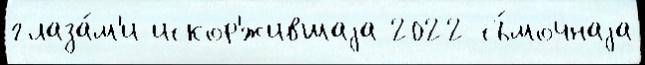
глаза́м'и искор'́жившаjа 2022 съ́мочнаjа